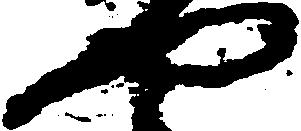
や